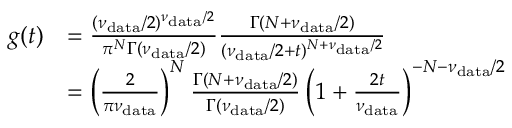
\begin{array} { r l } { g ( t ) } & { = \frac { ( \nu _ { \mathrm { d a t a } } / 2 ) ^ { \nu _ { \mathrm { d a t a } } / 2 } } { \pi ^ { N } \Gamma ( \nu _ { \mathrm { d a t a } } / 2 ) } \frac { \Gamma ( N + \nu _ { \mathrm { d a t a } } / 2 ) } { ( \nu _ { \mathrm { d a t a } } / 2 + t ) ^ { N + \nu _ { \mathrm { d a t a } } / 2 } } } \\ & { = \left( \frac { 2 } { \pi \nu _ { \mathrm { d a t a } } } \right) ^ { N } \frac { \Gamma ( N + \nu _ { \mathrm { d a t a } } / 2 ) } { \Gamma ( \nu _ { \mathrm { d a t a } } / 2 ) } \left( 1 + \frac { 2 t } { \nu _ { \mathrm { d a t a } } } \right) ^ { - N - \nu _ { \mathrm { d a t a } } / 2 } } \end{array}